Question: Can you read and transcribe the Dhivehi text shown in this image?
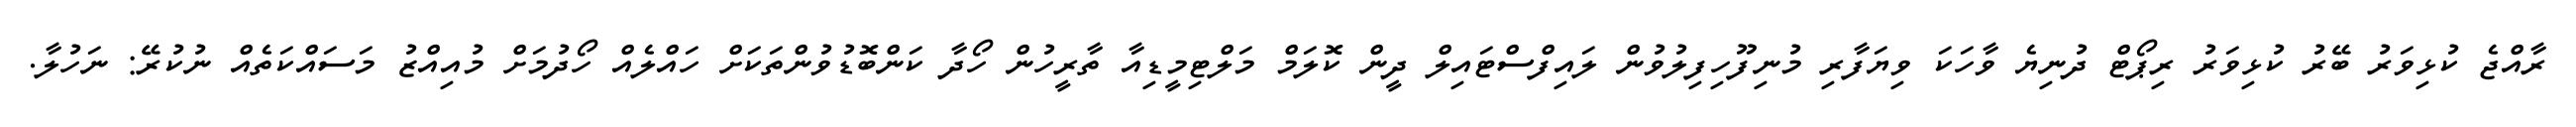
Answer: ރާއްޖެ ކުޅިވަރު ބޭރު ކުޅިވަރު ރިޕޯޓް ދުނިޔެ ވާހަކަ ވިޔަފާރި މުނިފޫހިފިލުވުން ލައިފްސްޓައިލް ދީން ކޮލަމް މަލްޓިމީޑިއާ ތާރީހުން ހޯދާ ކަންބޮޑުވުންތަކަށް ހައްލެއް ހޯދުމަށް މުއިއްޒު މަސައްކަތެއް ނުކުރޭ: ނަހުލާ.